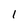
Character: 1